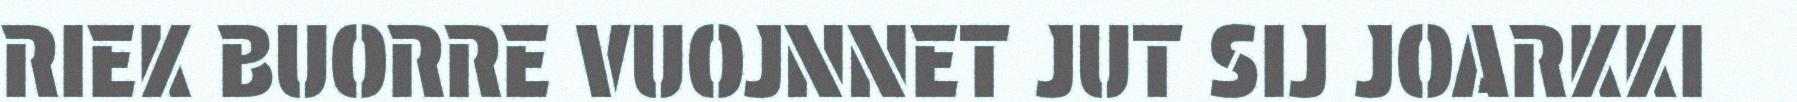
RIEK BUORRE VUOJNNET JUT SIJ JOARKKI